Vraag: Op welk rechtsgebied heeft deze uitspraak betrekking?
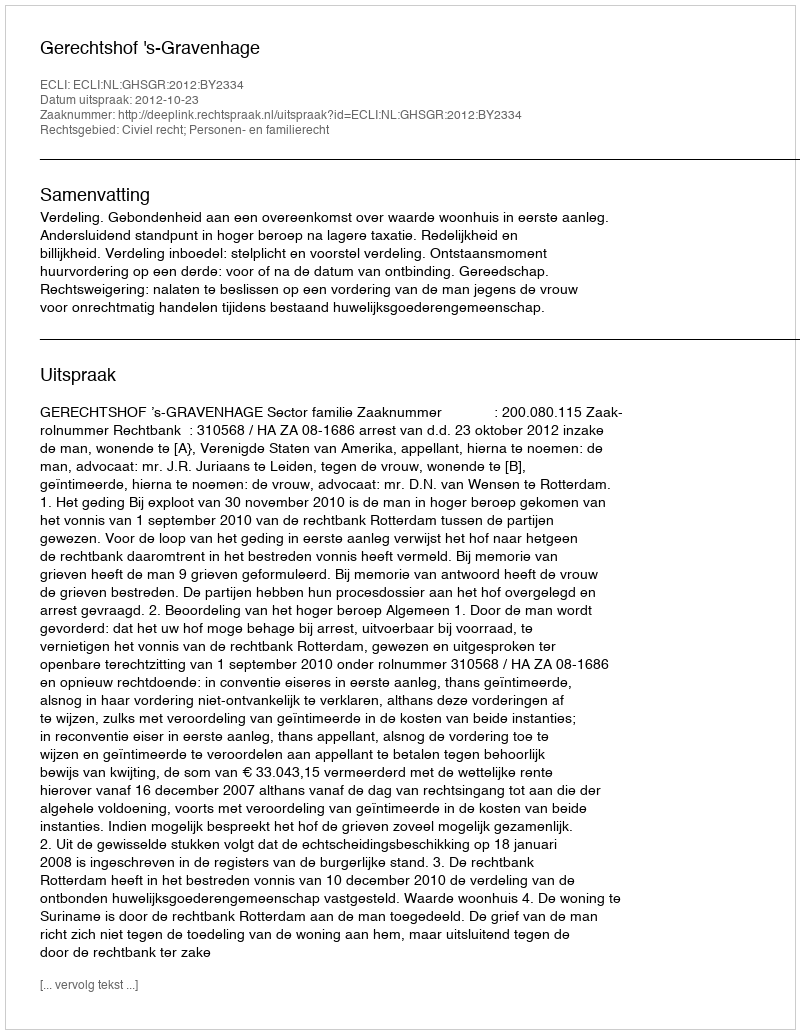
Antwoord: Civiel recht; Personen- en familierecht